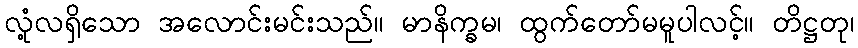
လုံ့လရှိသော အလောင်းမင်းသည်။ မာနိက္ခမ၊ ထွက်တော်မမူပါလင့်။ တိဋ္ဌတု၊